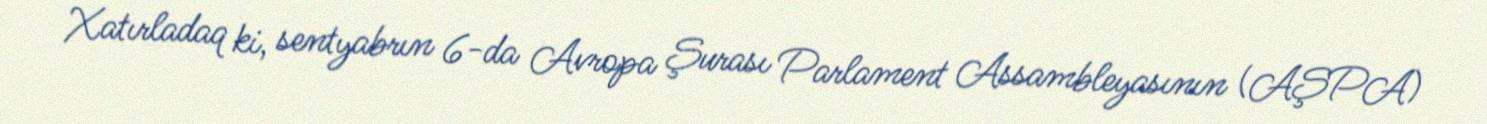
Xatırladaq ki, sentyabrın 6-da Avropa Şurası Parlament Assambleyasının (AŞPA)